Indian journal of veterinary science and animal husbandry - Volumes 18-21, 1948-1951
Year: 1948
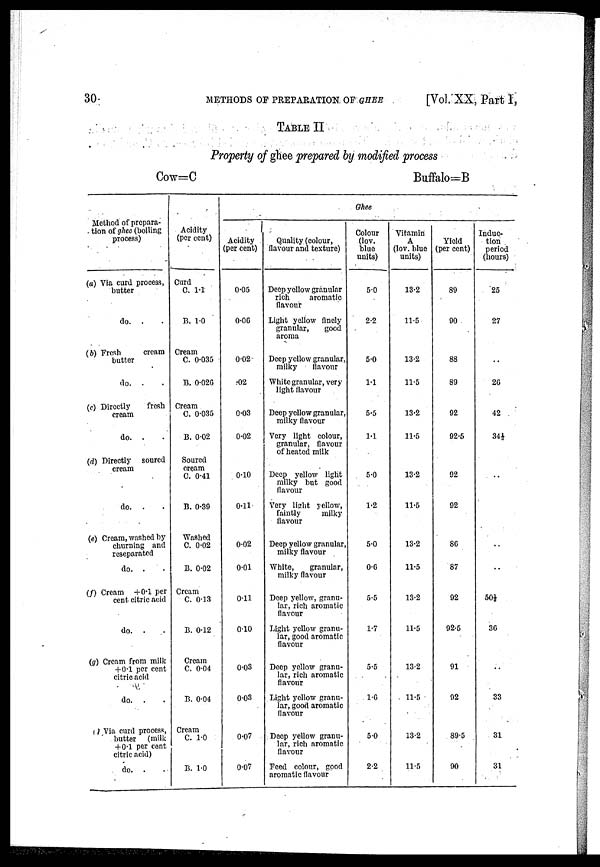
30
METHODS OF PREPARATION OF GHEE
[Vol. XX, Part 1,
TABLE II
Property of ghee prepared by modified process
Cow=C
Buffalo=B
Method of prepara-
tion of ghee (boiling
process)
(a) Via curd process,
butter
do. . .
(b) Fresh
cream
butter
do. . .
(c) Directly
fresh
cream
do. . .
(d) Directly soured
cream
do. . .
(e) Cream, washed by
churning and
reseparated
do. . .
(f) Cream +0.1 per
cent citric acid
do. . .
(g) Cream from milk
+ 0.1 per cent
citric acid
do. . .
(h) Via curd process,
butter
(milk
+0.1 per cent
citric acid)
do. . .
Acidity
(per cent)
Curd
C. 1.1
B. 1.0
Cream
C. 0.035
B. 0.026
Cream
C. 0.035
B. 0.02
Soured
cream
C. 0.41
B. 0.39
Washed
C. 0.02
B. 0.02
Cream
C. 0.13
B. 0.12
Cream
C. 0.04
B. 0.04
Cream
C. 1.0
B. 1.0
Ghee
Acidity
(per cent)
0.05
0.06
0.02
.02
0.03
0.02
0.10
0.11
0.02
0.01
0.11
0.10
0.03
0.03
0.07
0.07
Quality (colour,
flavour and texture)
Deep yellow granular
rich
aromatic
flavour
Light yellow finely
granular,
good
aroma
Deep yellow granular,
milky
flavour
White granular, very
light flavour
Deep yellow granular,
milky flavour
Very light colour,
granular, flavour
of heated milk
Deep yellow light
milky but good
flavour
Very light yellow,
faintly
milky
flavour
Deep yellow granular,
milky flavour
White,
granular,
milky flavour
Deep yellow, granu-
lar, rich aromatic
flavour
Light yellow granu-
lar, good aromatic
flavour
Deep yellow granu-
lar, rich aromatic
flavour
Light yellow granu-
lar, good aromatic
flavour
Deep yellow granu-
lar, rich aromatic
flavour
Feed colour, good
aromatic flavour
Colour
(lov.
blue
units)
5.0
2.2
5.0
1.1
5.5
1.1
5.0
1.2
5.0
0.6
5.5
1.7
5.5
1.6
5.0
2.2
Vitamin
A
(lov. blue
units)
13.2
11.5
13.2
11.5
13.2
11.5
13.2
11.5
13.2
11.5
13.2
11.5
13.2
11.5
13.2
11.5
Yield
(per cent)
89
90
88
89
92
92.5
92
92
86
87
92
92.5
91
92
89.5
90
Induc-
tion
period
(hours)
25
27
..
26
42
34½
..
..
..
50½
36
..
33
31
31